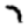
Digit: 7